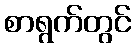
စာရွက်တွင်